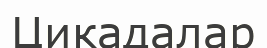
Цикадалар